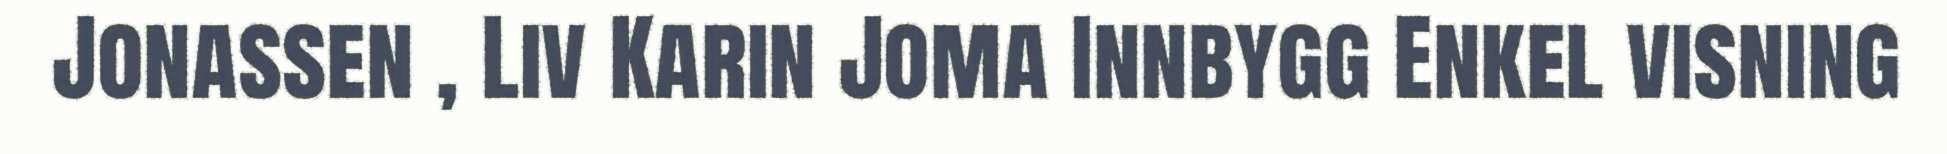
Jonassen , Liv Karin Joma Innbygg Enkel visning